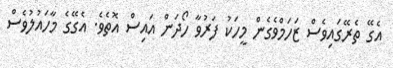
އެގޭ ތެރޭގައިވެސް ޒަހަމްވެގެން މީހަކު ފަރުވާ ހޯދަން އައިސް އޮތެވެ. އެގޭގެ މާހައުލުވެސް